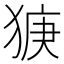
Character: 㹹